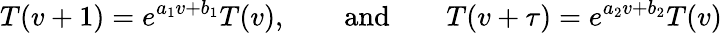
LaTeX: T(v+1)=e^{a_{1}v+b_{1}}T(v),\qquad\mathrm{and}\qquad T(v+\tau)=e^{a_{2}v+b_{2}}T(v)